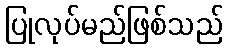
ပြုလုပ်မည်ဖြစ်သည်